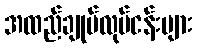
အထည်ချုပ်လုပ်ငန်းများ